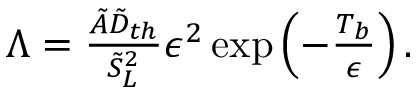
\begin{array} { r } { \Lambda = \frac { \tilde { A } \tilde { D } _ { t h } } { \tilde { S } _ { L } ^ { 2 } } \epsilon ^ { 2 } \exp \left( - \frac { T _ { b } } { \epsilon } \right) . } \end{array}